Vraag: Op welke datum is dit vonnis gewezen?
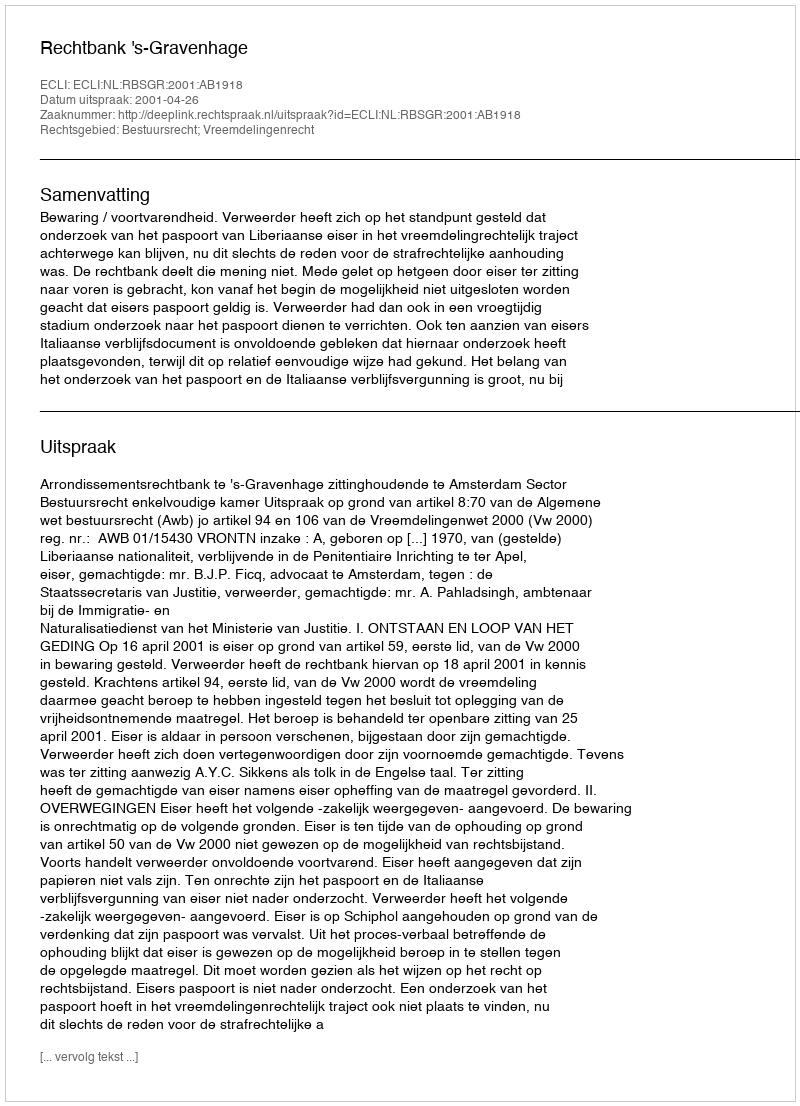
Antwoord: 2001-04-26